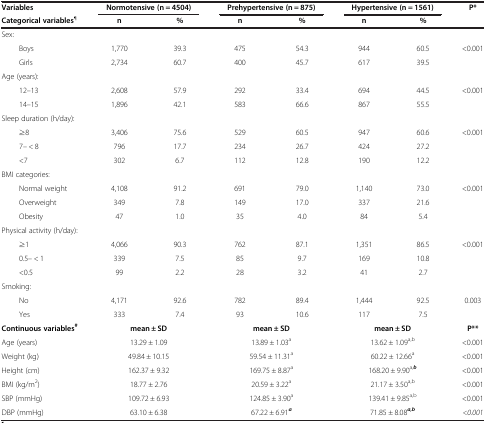
<table><thead><tr><td><b>Variables</b></td><td colspan="2"><b>Normotensive (n = 4504)</b></td><td colspan="2"><b>Prehypertensive (n = 875)</b></td><td colspan="2"><b>Hypertensive (n = 1561)</b></td><td rowspan="2"><b>P*</b></td></tr><tr><td><b>Categorical variables<sup>¶</sup></b></td><td><b>n</b></td><td><b>%</b></td><td><b>n</b></td><td><b>%</b></td><td><b>n</b></td><td><b>%</b></td></tr></thead><tbody><tr><td>Sex:</td><td> </td><td> </td><td> </td><td> </td><td> </td><td> </td><td> </td></tr><tr><td>Boys</td><td>1,770</td><td>39.3</td><td>475</td><td>54.3</td><td>944</td><td>60.5</td><td>&lt;0.001</td></tr><tr><td>Girls</td><td>2,734</td><td>60.7</td><td>400</td><td>45.7</td><td>617</td><td>39.5</td><td> </td></tr><tr><td>Age (years):</td><td> </td><td> </td><td> </td><td> </td><td> </td><td> </td><td> </td></tr><tr><td>12–13</td><td>2,608</td><td>57.9</td><td>292</td><td>33.4</td><td>694</td><td>44.5</td><td>&lt;0.001</td></tr><tr><td>14–15</td><td>1,896</td><td>42.1</td><td>583</td><td>66.6</td><td>867</td><td>55.5</td><td> </td></tr><tr><td>Sleep duration (h/day):</td><td> </td><td> </td><td> </td><td> </td><td> </td><td> </td><td> </td></tr><tr><td>≥8</td><td>3,406</td><td>75.6</td><td>529</td><td>60.5</td><td>947</td><td>60.6</td><td>&lt;0.001</td></tr><tr><td>7– &lt; 8</td><td>796</td><td>17.7</td><td>234</td><td>26.7</td><td>424</td><td>27.2</td><td> </td></tr><tr><td>&lt;7</td><td>302</td><td>6.7</td><td>112</td><td>12.8</td><td>190</td><td>12.2</td><td> </td></tr><tr><td>BMI categories:</td><td> </td><td> </td><td> </td><td> </td><td> </td><td> </td><td> </td></tr><tr><td>Normal weight</td><td>4,108</td><td>91.2</td><td>691</td><td>79.0</td><td>1,140</td><td>73.0</td><td>&lt;0.001</td></tr><tr><td>Overweight</td><td>349</td><td>7.8</td><td>149</td><td>17.0</td><td>337</td><td>21.6</td><td> </td></tr><tr><td>Obesity</td><td>47</td><td>1.0</td><td>35</td><td>4.0</td><td>84</td><td>5.4</td><td> </td></tr><tr><td>Physical activity (h/day):</td><td> </td><td> </td><td> </td><td> </td><td> </td><td> </td><td> </td></tr><tr><td>≥1</td><td>4,066</td><td>90.3</td><td>762</td><td>87.1</td><td>1,351</td><td>86.5</td><td>&lt;0.001</td></tr><tr><td>0.5– &lt; 1</td><td>339</td><td>7.5</td><td>85</td><td>9.7</td><td>169</td><td>10.8</td><td> </td></tr><tr><td>&lt;0.5</td><td>99</td><td>2.2</td><td>28</td><td>3.2</td><td>41</td><td>2.7</td><td> </td></tr><tr><td>Smoking:</td><td> </td><td> </td><td> </td><td> </td><td> </td><td> </td><td> </td></tr><tr><td>No</td><td>4,171</td><td>92.6</td><td>782</td><td>89.4</td><td>1,444</td><td>92.5</td><td>0.003</td></tr><tr><td>Yes</td><td>333</td><td>7.4</td><td>93</td><td>10.6</td><td>117</td><td>7.5</td><td> </td></tr><tr><td><b>Continuous variables</b><sup><b>#</b></sup></td><td colspan="2"><b>mean ± SD</b></td><td colspan="2"><b>mean ± SD</b></td><td colspan="2"><b>mean ± SD</b></td><td><b>P**</b></td></tr><tr><td>Age (years)</td><td colspan="2">13.29 ± 1.09</td><td colspan="2">13.89 ± 1.03<sup>a</sup></td><td colspan="2">13.62 ± 1.09<sup>a,b</sup></td><td>&lt;0.001</td></tr><tr><td>Weight (kg)</td><td colspan="2">49.84 ± 10.15</td><td colspan="2">59.54 ± 11.31<sup>a</sup></td><td colspan="2">60.22 ± 12.66<sup>a</sup></td><td>&lt;0.001</td></tr><tr><td>Height (cm)</td><td colspan="2">162.37 ± 9.32</td><td colspan="2">169.75 ± 8.87<sup>a</sup></td><td colspan="2">168.20 ± 9.90<sup>a,<b><i>b</i></b></sup></td><td>&lt;0.001</td></tr><tr><td>BMI (kg/m<sup>2</sup>)</td><td colspan="2">18.77 ± 2.76</td><td colspan="2">20.59 ± 3.22<sup>a</sup></td><td colspan="2">21.17 ± 3.50<sup>a,b</sup></td><td>&lt;0.001</td></tr><tr><td>SBP (mmHg)</td><td colspan="2">109.72 ± 6.93</td><td colspan="2">124.85 ± 3.90<sup>a</sup></td><td colspan="2">139.41 ± 9.85<sup>a,b</sup></td><td>&lt;0.001</td></tr><tr><td>DBP (mmHg)</td><td colspan="2">63.10 ± 6.38</td><td colspan="2">67.22 ± 6.91<sup><b><i>a</i></b></sup></td><td colspan="2">71.85 ± 8.08<sup><b><i>a,b</i></b></sup></td><td><i>&lt;0.001</i></td></tr></tbody></table>